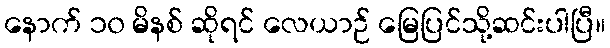
နောက် ၁၀ မိနစ် ဆိုရင် လေယာဉ် မြေပြင်သို့ဆင်းပါပြီ။